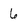
Character: 6